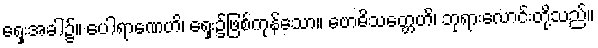
ရှေးအခါ၌။ ပေါရာဏေဟိ၊ ရှေး၌ဖြစ်ကုန်သော။ ဗောဓိသတ္တေဟိ၊ ဘုရားလောင်းတို့သည်။